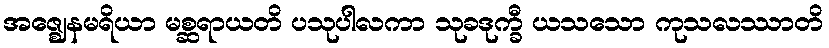
အဇ္ဈေနမရိယာ မစ္ဆရာယတိ ပသုပါလကာ သုခဒုက္ခီ ယသသော ကုသလဿာတိ